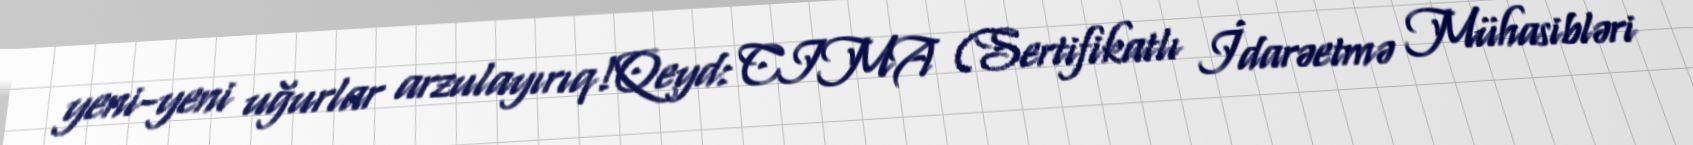
yeni-yeni uğurlar arzulayırıq!Qeyd: CIMA (Sertifikatlı İdarəetmə Mühasibləri